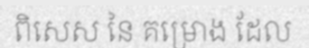
ពិសេស នៃ គម្រោង ដែល